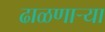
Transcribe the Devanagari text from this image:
ढाळणाऱ्या